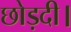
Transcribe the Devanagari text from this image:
छोड़दी।